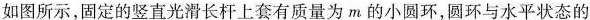
如图所示，固定的竖直光滑长杆上套有质量为m的小圆环，圆环与水平状态的